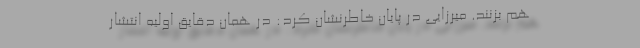
هم بزنند. میرزایی در پایان خاطرنشان کرد: در همان دقایق اولیه انتشار